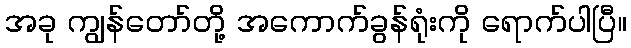
အခု ကျွန်တော်တို့ အကောက်ခွန်ရုံးကို ရောက်ပါပြီ။